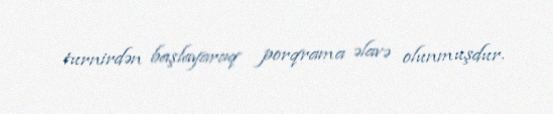
turnirdən başlayaraq porqrama əlavə olunmuşdur.